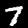
Label: 7